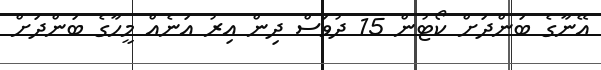
އޭނާގެ ބަންދަށް ކޯޓުން 15 ދުވަސް ދިން އިރު އަނެއް މީހާގެ ބަންދަށް